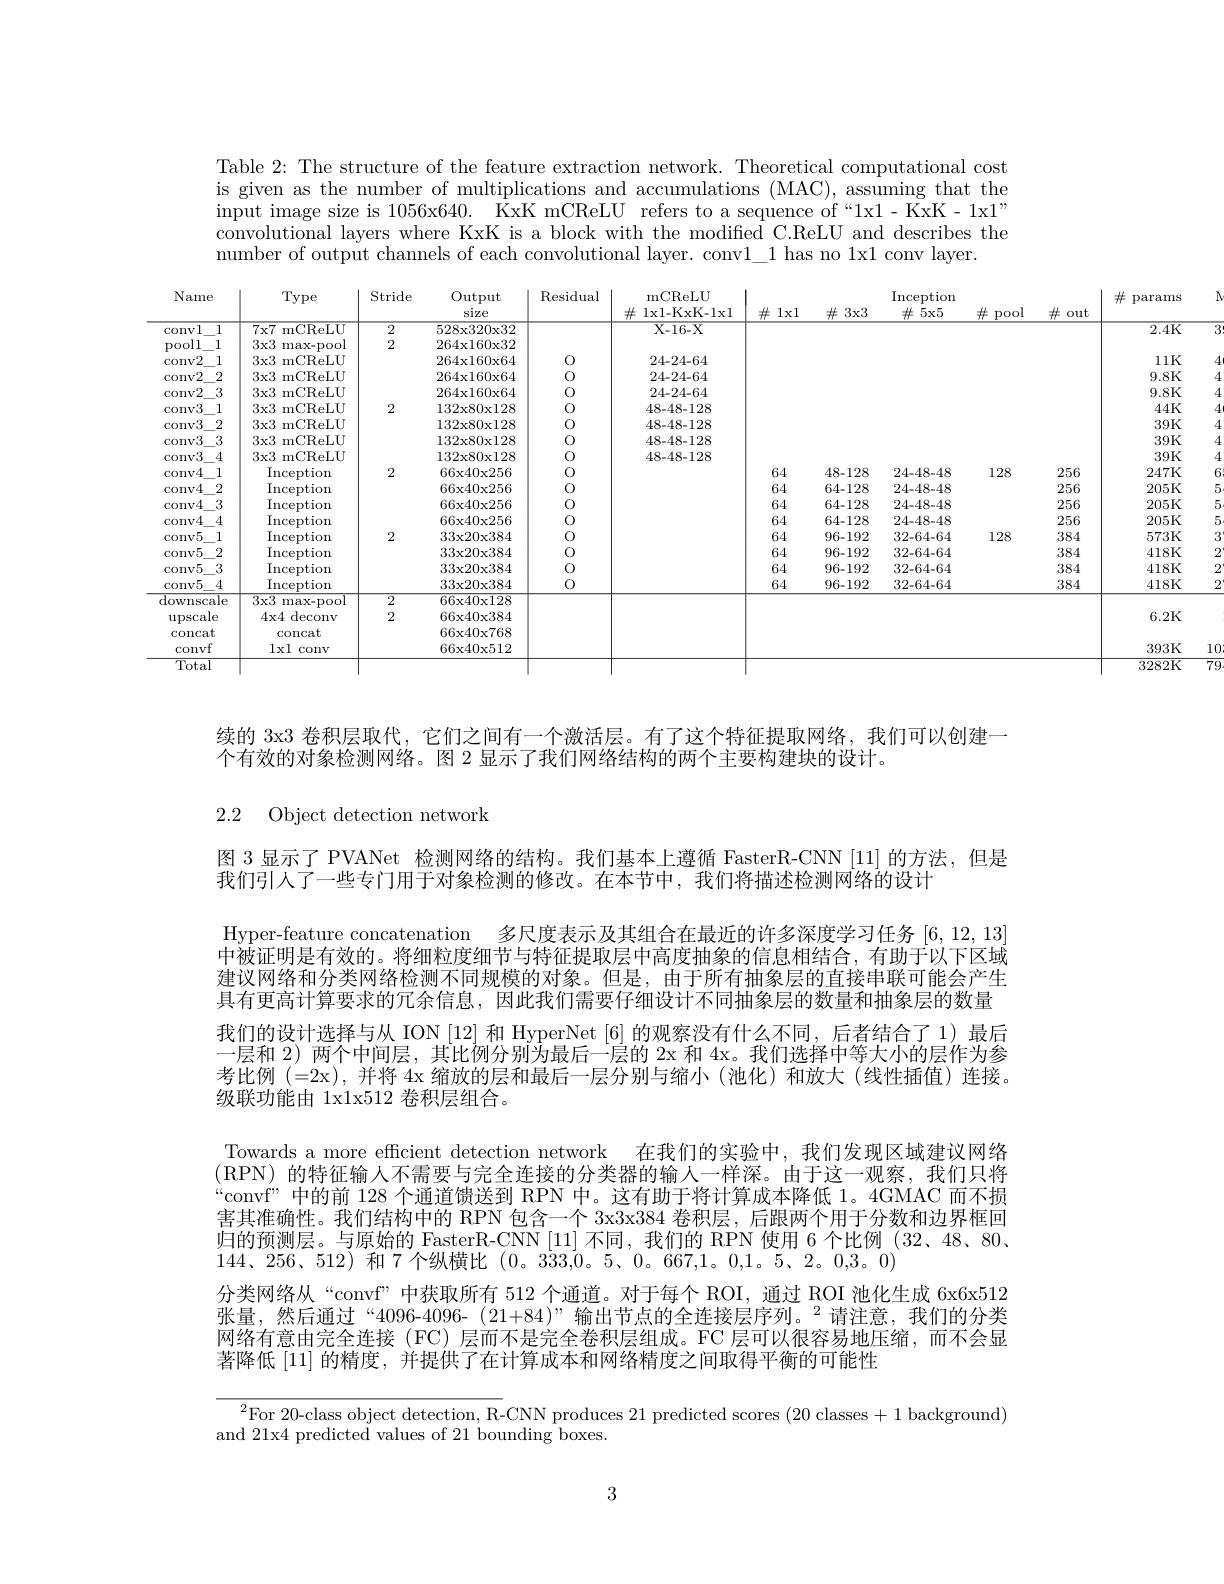
Table 2: The structure of the feature extraction network. Theoretical computational cost is given as the number of multiplications and accumulations (MAC), assuming that the input image size is 1056x640. KxK mCReLU refers to a sequence of“1x1- KxK- 1x1” $\bar{\text{convolutional layers where KxK is a block with the modified C.ReLU and describes the}}$ number of output channels of each convolutional layer. conv1\_1 has no 1x1 conv layer.

<table>
	<tbody>
		<tr>
			<th>Vame</th>
			<th>Type</th>
			<th>Stride</th>
			<th>Output size</th>
			<th>Residual</th>
			<th>mCReLU lxl- KxK- lxl</th>
			<th>井 $lx1$</th>
			<th>井 $lx1$</th>
			<th>$\#3x3$</th>
			<th>$\operatorname{Inception}$ $5x5$ 井</th>
			<th>$\#$ pool</th>
			<th>社 out</th>
			<th>$\#$ params</th>
			<th>T</th>
		</tr>
		<tr>
			<td>$\overline{\mathrm{nvl}}$ $\overline{1}$</td>
			<td>$7\mathbf{x}7$ mCReLU</td>
			<td>2</td>
			<td>$528x320x32$</td>
			<td> </td>
			<td>X- 16- X</td>
			<td> </td>
			<td> </td>
			<td> </td>
			<td> </td>
			<td> </td>
			<td> </td>
			<td>2.4K</td>
			<td> </td>
		</tr>
		<tr>
			<td>)01 1</td>
			<td>$3x3$ max-pool</td>
			<td>2</td>
			<td>264xl60x32</td>
			<td> </td>
			<td> </td>
			<td> </td>
			<td> </td>
			<td> </td>
			<td> </td>
			<td> </td>
			<td> </td>
			<td> </td>
			<td> </td>
		</tr>
		<tr>
			<td>$nv2$ 1</td>
			<td>3x3 mCReLU</td>
			<td> </td>
			<td>$264\mathbf{x}160\mathbf{x}64$</td>
			<td>0</td>
			<td>24-24-64</td>
			<td> </td>
			<td> </td>
			<td> </td>
			<td> </td>
			<td> </td>
			<td> </td>
			<td>$11K$</td>
			<td>$\angle AC=\angle AB$</td>
		</tr>
		<tr>
			<td>$nv2$ 2</td>
			<td>3x3 mCReLU</td>
			<td> </td>
			<td>$264\mathbf{x}160\mathbf{x}64$</td>
			<td>0</td>
			<td>24-24-64</td>
			<td> </td>
			<td> </td>
			<td> </td>
			<td> </td>
			<td> </td>
			<td> </td>
			<td>$9.8K$</td>
			<td>T</td>
		</tr>
		<tr>
			<td>$nv2$ 3</td>
			<td>3x3 mCReLU</td>
			<td> </td>
			<td>$264\mathbf{x}160\mathbf{x}64$</td>
			<td>0</td>
			<td>24-24-64</td>
			<td> </td>
			<td> </td>
			<td> </td>
			<td> </td>
			<td> </td>
			<td> </td>
			<td>9.8K</td>
			<td>$\angle AC=\angle AB$</td>
		</tr>
		<tr>
			<td>1 $nv3$</td>
			<td>3x3 mCReLU</td>
			<td>2</td>
			<td>132x80x128</td>
			<td>0</td>
			<td>48-48-128</td>
			<td> </td>
			<td> </td>
			<td> </td>
			<td> </td>
			<td> </td>
			<td> </td>
			<td>$44K$</td>
			<td>$\angle AC=\angle AB$</td>
		</tr>
		<tr>
			<td>$nv3$ 2</td>
			<td>3x3 mCReLU</td>
			<td> </td>
			<td>132x80x128</td>
			<td>0</td>
			<td>48-48-128</td>
			<td> </td>
			<td> </td>
			<td> </td>
			<td> </td>
			<td> </td>
			<td> </td>
			<td>$39K$</td>
			<td>$\angle AC=\angle AB$</td>
		</tr>
		<tr>
			<td>$nv3$ 3</td>
			<td>3x3 mCReLU</td>
			<td> </td>
			<td>132x80x128</td>
			<td>0</td>
			<td>48-48-128</td>
			<td> </td>
			<td> </td>
			<td> </td>
			<td> </td>
			<td> </td>
			<td> </td>
			<td>$39K$</td>
			<td>$\angle AC=\angle AB$</td>
		</tr>
		<tr>
			<td>4 $nv3$</td>
			<td>3x3 mCReLU</td>
			<td> </td>
			<td>132x80x128</td>
			<td>0</td>
			<td>48-48-128</td>
			<td> </td>
			<td> </td>
			<td> </td>
			<td> </td>
			<td> </td>
			<td> </td>
			<td>$39K$</td>
			<td>$\angle AC=\angle AB$</td>
		</tr>
		<tr>
			<td>1 $nv4$</td>
			<td>$\operatorname{Inception}$</td>
			<td>2</td>
			<td>$66\mathbf{x}40\mathbf{x}256$</td>
			<td>0</td>
			<td> </td>
			<td>64</td>
			<td>64</td>
			<td>48-128</td>
			<td>24-48-48</td>
			<td>128</td>
			<td>256</td>
			<td>247K</td>
			<td>$f$ 1</td>
		</tr>
		<tr>
			<td>$nv4$ 2</td>
			<td>Inception</td>
			<td> </td>
			<td>$66\mathbf{x}40\mathbf{x}256$</td>
			<td>0</td>
			<td> </td>
			<td>64</td>
			<td>64</td>
			<td>64-128</td>
			<td>24-48-48</td>
			<td> </td>
			<td>256</td>
			<td>205K</td>
			<td>E i</td>
		</tr>
		<tr>
			<td>T</td>
			<td>Inc centio</td>
			<td> </td>
			<td>$66\mathbf{x}40\mathbf{x}256$</td>
			<td>0</td>
			<td> </td>
			<td>64</td>
			<td>64</td>
			<td>64-128</td>
			<td>24-48-48</td>
			<td> </td>
			<td>256</td>
			<td>205K</td>
			<td> </td>
		</tr>
		<tr>
			<td>441</td>
			<td> </td>
			<td> </td>
			<td>$\hat{6}_{\mathbf{h}\mathbf{v}}$ $10\mathbf{v}^{o}56$ 1 L</td>
			<td> </td>
			<td> </td>
			<td>1</td>
			<td> </td>
			<td>1 05</td>
			<td> </td>
			<td> </td>
			<td>TI</td>
			<td>$205K$</td>
			<td> </td>
		</tr>
		<tr>
			<td>44 1</td>
			<td> </td>
			<td>1</td>
			<td>$2^{\circ}2$ $0\mathbf{v}3\mathbf{s}_{A}$</td>
			<td> </td>
			<td> </td>
			<td>1</td>
			<td> </td>
			<td>00</td>
			<td> </td>
			<td>128</td>
			<td>999</td>
			<td>$573K$</td>
			<td> </td>
		</tr>
		<tr>
			<td>441 1</td>
			<td> </td>
			<td>-</td>
			<td>$222v$ $0\mathbf{r}384$ 1</td>
			<td> </td>
			<td> </td>
			<td>1</td>
			<td> </td>
			<td>$\mid0^{\circ}$ TIT 1</td>
			<td> </td>
			<td>$\mathbf{L}\boldsymbol{U}\boldsymbol{V}$</td>
			<td>194</td>
			<td>$418K$</td>
			<td> </td>
		</tr>
		<tr>
			<td>44</td>
			<td> </td>
			<td> </td>
			<td>222. 1 $0\mathbf{r}384$</td>
			<td> </td>
			<td> </td>
			<td>1</td>
			<td> </td>
			<td>00 1</td>
			<td> </td>
			<td> </td>
			<td>194</td>
			<td>$418K$</td>
			<td> </td>
		</tr>
		<tr>
			<td>1</td>
			<td> </td>
			<td> </td>
			<td>stuvatu $33\mathbf{v}20\mathbf{v}384$</td>
			<td> </td>
			<td> </td>
			<td>64</td>
			<td>1</td>
			<td>JIF 1</td>
			<td>$64.6A$ 111</td>
			<td> </td>
			<td>$\psi\psi$ A</td>
			<td>$418K$</td>
			<td> </td>
		</tr>
		<tr>
			<td> </td>
			<td> </td>
			<td>11</td>
			<td>$66\mathbf{v}40\mathbf{v}128$</td>
			<td> </td>
			<td> </td>
			<td> </td>
			<td> </td>
			<td> </td>
			<td>T</td>
			<td> </td>
			<td> </td>
			<td>- ${\mathbf{T}}$</td>
			<td> </td>
		</tr>
		<tr>
			<td> </td>
			<td>$A_{\mathbf{v},\mathbf{1}}$ $\mathrm{d}_{e}$</td>
			<td> </td>
			<td>$66\mathbf{v}40\mathbf{v}384$</td>
			<td> </td>
			<td> </td>
			<td> </td>
			<td> </td>
			<td> </td>
			<td> </td>
			<td> </td>
			<td> </td>
			<td>6.2K</td>
			<td> </td>
		</tr>
		<tr>
			<td>oncat</td>
			<td>concat</td>
			<td> </td>
			<td>$66\mathbf{x}40\mathbf{x}768$</td>
			<td> </td>
			<td> </td>
			<td> </td>
			<td> </td>
			<td> </td>
			<td> </td>
			<td> </td>
			<td> </td>
			<td> </td>
			<td> </td>
		</tr>
		<tr>
			<td>convf</td>
			<td>lxl conv</td>
			<td> </td>
			<td>$66\mathbf{x}40\mathbf{x}512$</td>
			<td> </td>
			<td> </td>
			<td> </td>
			<td> </td>
			<td> </td>
			<td> </td>
			<td> </td>
			<td> </td>
			<td>393K</td>
			<td>1( </td>
		</tr>
		<tr>
			<td>Total</td>
			<td> </td>
			<td> </td>
			<td> </td>
			<td> </td>
			<td> </td>
			<td> </td>
			<td> </td>
			<td> </td>
			<td> </td>
			<td> </td>
			<td> </td>
			<td>3282K</td>
			<td>$\overline{7\zeta}$</td>
		</tr>
	</tbody>
</table>

续的 3x3 卷积层取代，它们之间有一个激活层。有了这个特征提取网络，我们可以创建一
个有效的对象检测网络。图 2 显示了我们网络结构的两个主要构建块的设计。

2.2 Object detection network

图 3 显示了 PVANet 检测网络的结构。我们基本上遵循 FasterR-CNN [11] 的方法，但是
我们引人了一些专门用于对象检测的修改。在本节中，我们将描述检测网络的设计
Hyper-feature concatenation 多尺度表示及其组合在最近的许多深度学习任务[6,12,13] 中被证明是有效的。将细粒度细节与特征提取层中高度抽象的信息相结合，有助于以下区域建议网络和分类网络检测不同规模的对象。但是，由于所有抽象层的直接串联可能会产生具有更高计算要求的冗余信息，因此我们需要仔细设计不同抽象层的数量和抽象层的数量我们的设计选择与从 ION [12] 和 HyperNet [6] 的观察没有什么不同，后者结合了 1) 最后一层和 2) 两个中间层，其比例分别为最后一层的 2x 和 4x。我们选择中等大小的层作为参考比例(=2x),并将 4x 缩放的层和最后一层分别与缩小(池化)和放大(线性插值)连接。级联功能由 1x1x512 卷积层组合。
Towards a more efficient detection network 在我们的实验中，我们发现区域建议网络(RPN) 的特征输人不需要与完全连接的分类器的输入一样深。由于这一观察，我们只将“convf”中的前 128 个通道馈送到 RPN 中。这有助于将计算成本降低 1。4GMAC 而不损害其准确性。我们结构中的 RPN 包含一个 3x3x384 卷积层，后跟两个用于分数和边界框回归的预测层。与原始的 FasterR-CNN [11] 不同，我们的 RPN 使用 6 个比例 (32、48、80、 $144、256、512)$和 7 个纵横比(0。333,0。5、0。667,1。0,1。5、2。0,3。0)
分类网络从“convf”中获取所有 512 个通道。对于每个 ROI, 通过 ROI 池化生成 6x6x512张量，然后通过“4096-4096-(21+84)”输出节点的全连接层序列。$^{2}$请注意，我们的分类网络有意由完全连接 (FC) 层而不是完全卷积层组成。FC 层可以很容易地压缩，而不会显著降低[11]的精度，并提供了在计算成本和网络精度之间取得平衡的可能性

$^2$For 20-class object detection, R-CNN produces 21 predicted scores (20 classes+1 background)
and 21x4 predicted values of 21 bounding boxes.

3